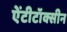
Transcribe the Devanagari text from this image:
ऐंटीटॉक्सीन